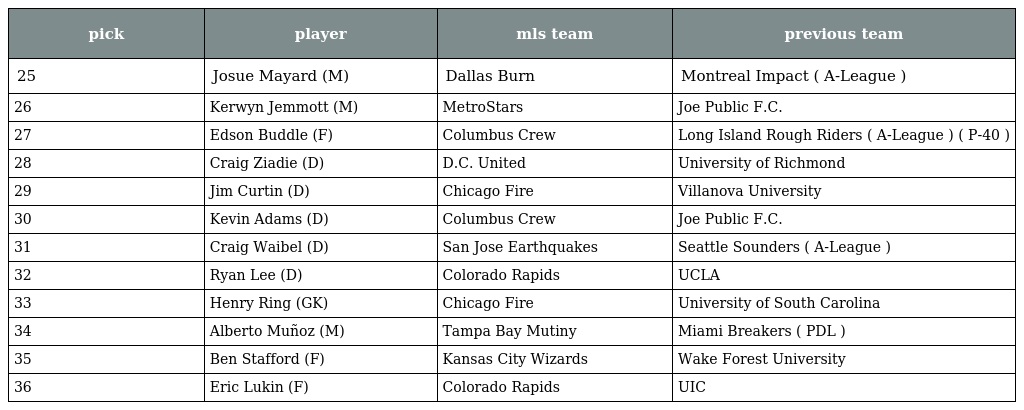
| pick | player | mls team | previous team |
 | --- | --- | --- | --- |
 | 25 | Josue Mayard (M) | Dallas Burn | Montreal Impact ( A-League ) |
 | 26 | Kerwyn Jemmott (M) | MetroStars | Joe Public F.C. |
 | 27 | Edson Buddle (F) | Columbus Crew | Long Island Rough Riders ( A-League ) ( P-40 ) |
 | 28 | Craig Ziadie (D) | D.C. United | University of Richmond |
 | 29 | Jim Curtin (D) | Chicago Fire | Villanova University |
 | 30 | Kevin Adams (D) | Columbus Crew | Joe Public F.C. |
 | 31 | Craig Waibel (D) | San Jose Earthquakes | Seattle Sounders ( A-League ) |
 | 32 | Ryan Lee (D) | Colorado Rapids | UCLA |
 | 33 | Henry Ring (GK) | Chicago Fire | University of South Carolina |
 | 34 | Alberto Muñoz (M) | Tampa Bay Mutiny | Miami Breakers ( PDL ) |
 | 35 | Ben Stafford (F) | Kansas City Wizards | Wake Forest University |
 | 36 | Eric Lukin (F) | Colorado Rapids | UIC |